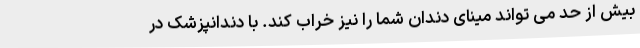
بیش از حد می تواند مینای دندان شما را نیز خراب کند. با دندانپزشک در